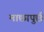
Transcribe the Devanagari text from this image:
माछापुर्छ